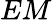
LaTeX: EM